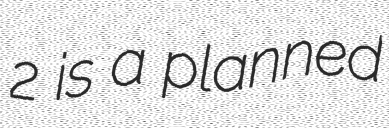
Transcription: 2 is a planned